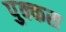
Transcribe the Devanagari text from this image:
पुक्कस